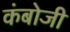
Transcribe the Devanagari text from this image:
कंबोजी